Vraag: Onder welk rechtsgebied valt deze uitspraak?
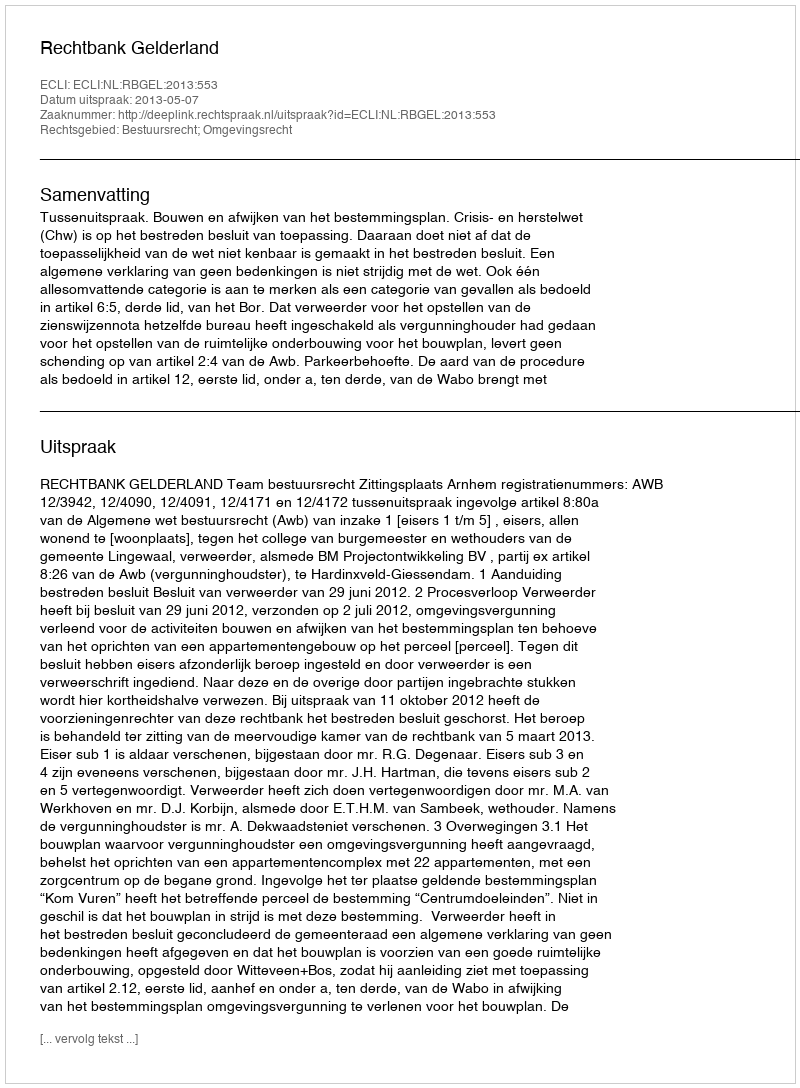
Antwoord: Bestuursrecht; Omgevingsrecht